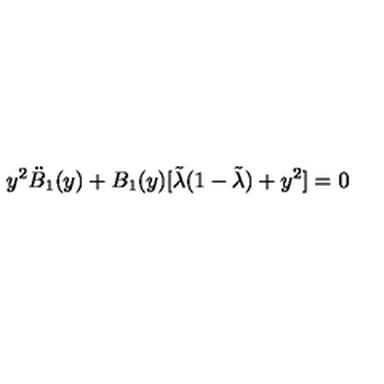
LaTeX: y ^ { 2 } \ddot { B } _ { 1 } ( y ) + B _ { 1 } ( y ) [ \tilde { \lambda } ( 1 - \tilde { \lambda } ) + y ^ { 2 } ] = 0